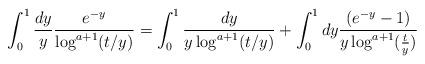
LaTeX: \begin{align*}\int_{0}^{1} \frac{dy}{y} \frac{e^{-y}}{\log^{a+1}(t/y)} = \int_{0}^{1} \frac{dy}{y \log^{a+1}(t/y)} +\int_{0}^{1} dy \frac{\left(e^{-y}-1\right)}{y \log^{a+1}(\frac{t}{y})}\end{align*}